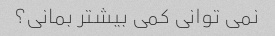
نمی توانی کمی بیشتر بمانی؟